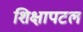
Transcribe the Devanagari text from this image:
शिक्षापटल